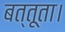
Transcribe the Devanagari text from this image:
बत्तूता।